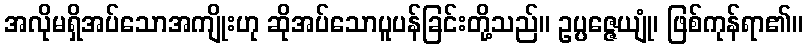
အလိုမရှိအပ်သောအကျိုးဟု ဆိုအပ်သောပူပန်ခြင်းတို့သည်။ ဥပ္ပဇ္ဇေယျုံ၊ ဖြစ်ကုန်ရာ၏။